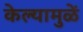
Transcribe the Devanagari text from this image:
केल्यामुळें